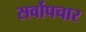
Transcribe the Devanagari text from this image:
सर्वोपचार